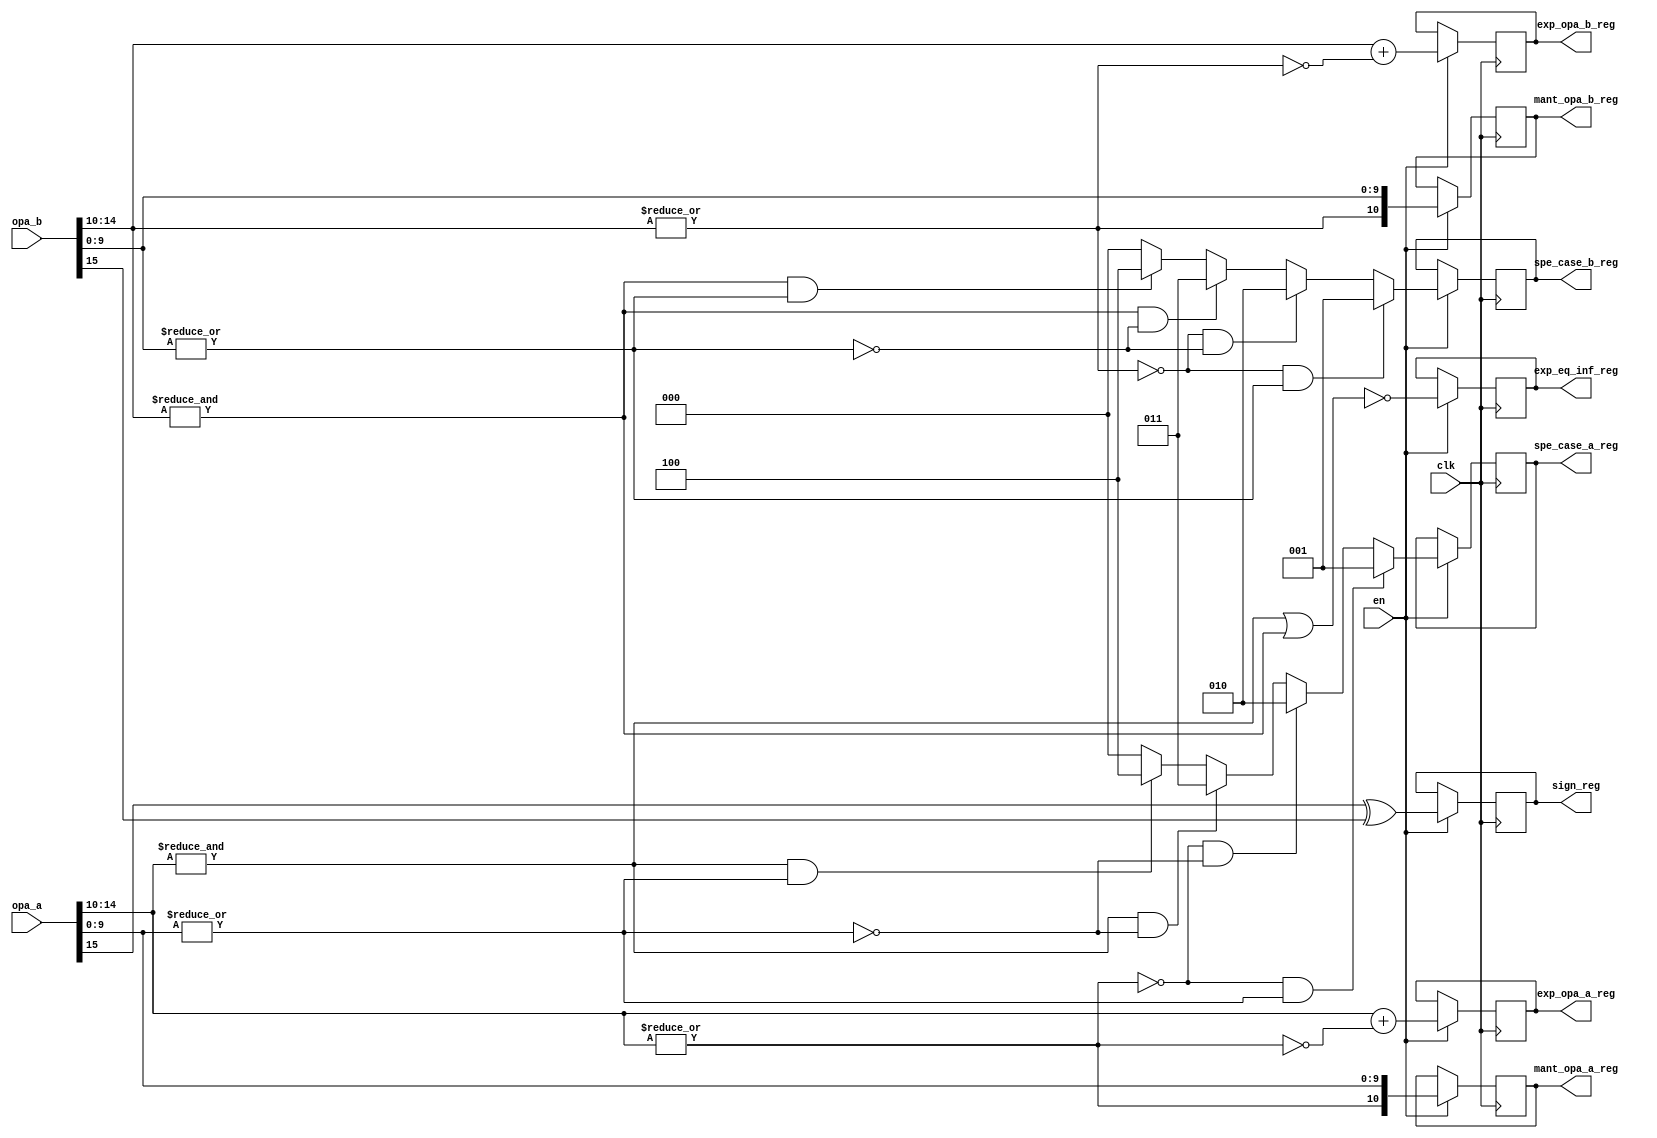
///////////////////////////////////////////////////////////////////////////////////////////////
// Project Code      : S_1006
// Project Name      : Floating Point IP Core
// Module Name       : Stage-I Pipeline Floating point Multiplication
// Function          : Divide the Mantissa,Exponent and Sign bit from 16-bit half precision 
//                     floating point input
//////////////////////////////////////////////////////////////////////////////////////////////

module stage_1

#(
   parameter    DW       = 16 ,
   parameter    EXP      = 5  ,
   parameter    MANT     = 10 ,
   parameter    CG_EN    = 0    
 )
(
  //////////////////////////////////////////////////
  //              Input Ports                     //       
  //////////////////////////////////////////////////
  
  input wire                        clk              , //System input clock
  input wire  [DW-1       :0]       opa_a            , //16-bit half precision floating point input-A
  input wire  [DW-1       :0]       opa_b            , //16-bit half precision floating point input-B
  input wire                        en               , //Enable signal 
  //////////////////////////////////////////////////
  //             Output Ports                     //       
  //////////////////////////////////////////////////
  output reg                         sign_reg         , //Sign output
  output reg   [MANT      :0]        mant_opa_a_reg   , //Mantissa bit of input-A
  output reg   [MANT      :0]        mant_opa_b_reg   , //Mantissa bit of input-B
  output reg   [EXP-1     :0]        exp_opa_a_reg    , //Exponent bit of input-A
  output reg   [EXP-1     :0]        exp_opa_b_reg    , //Exponent bit of input-B
  output reg   [2         :0]        spe_case_a_reg   , //Special case identification for Nromalized,De-Normalized,Infinity,Zero or NAN
  output reg   [2         :0]        spe_case_b_reg   , //Special case identification for Nromalized,De-Normalized,Infinity,Zero or NAN
  output reg                         exp_eq_inf_reg     //To identify exponent value equal to 255 or not 
);                            

//-------------------------------------------------------------------------------
//----------STAGE-I(Sign,Exponent and Mantissa bit segmentation)-----------------
//-------------------------------------------------------------------------------

  ///////////////////////////////////////////////////
  //       Stage-1 Internal Wires                  //
  ///////////////////////////////////////////////////  
  wire                    sign_opa_a            ;
  wire  [MANT     :0]     mant_opa_a            ;
  wire  [EXP-1    :0]     exp_opa_a             ;
  wire                    opa_a_not_eq_0        ;  
  wire                    sign_opa_b            ;
  wire  [MANT     :0]     mant_opa_b            ;
  wire  [EXP-1    :0]     exp_opa_b             ;
  wire                    opa_b_not_eq_0        ;    
  wire                    opa_a_exp_eq_inf      ;
  wire                    opa_a_mant_not_eq_0   ;  
  wire                    opa_b_exp_eq_inf      ;
  wire                    opa_b_mant_not_eq_0   ;     
  wire  [2        :0]     spe_case_a            ;
  wire  [2        :0]     spe_case_b            ;
  wire                    sign_out              ;
  wire                    exp_eq_inf            ;
                         
  //-----------------------------------------------------------------------------------
  //---------------Pipeline Stage-1 function ------------------------------------------
  //-----------------------------------------------------------------------------------
  
  //input oprand 'A' in floating point representation  
  assign sign_opa_a             =  opa_a[DW-1]                                                ;
  assign opa_a_not_eq_0         =  |(opa_a[(MANT+EXP)-1:MANT])                                ;
  assign mant_opa_a             =  {opa_a_not_eq_0,opa_a[MANT-1:0]}                           ;
  assign exp_opa_a              =  opa_a[(MANT+EXP)-1:MANT]+{{EXP-1{1'd0}},(~opa_a_not_eq_0)} ;
                               
  //input oprand 'B' in floating point representation  
  assign sign_opa_b             =  opa_b[DW-1]                                                ;
  assign opa_b_not_eq_0         =  |(opa_b[(MANT+EXP)-1:MANT])                                ;  
  assign mant_opa_b             =  {opa_b_not_eq_0,opa_b[MANT-1:0]}                           ;
  assign exp_opa_b              =  opa_b[(MANT+EXP)-1:MANT]+{{EXP-1{1'd0}},(~opa_b_not_eq_0)} ;
  
  //Special case in operand "A"
  assign opa_a_exp_eq_inf       =  &(opa_a[(MANT+EXP)-1:MANT])   ;    
  assign opa_a_mant_not_eq_0    =  |(opa_a[MANT-1:0])            ;  
  assign spe_case_a             =  ((!opa_a_not_eq_0) && opa_a_mant_not_eq_0     ) ?3'd1:   //special case De-Normalized form for operand 'A'
                                   ((!opa_a_not_eq_0) && (!opa_a_mant_not_eq_0)  ) ?3'd2:   //special case Zero for operand 'A'
                                   (opa_a_exp_eq_inf  && (!opa_a_mant_not_eq_0)  ) ?3'd3:   //special case Infinity for operand 'A'
                                   (opa_a_exp_eq_inf  &&  opa_a_mant_not_eq_0    ) ?3'd4:  //special case NAN for operand 'A'
                                                                                    3'd0;   //special case Normalized form for operand 'A'                                                                     
  //Special case in operand "B"
  assign opa_b_exp_eq_inf      =   &(opa_b[(MANT+EXP)-1:MANT]) ;    
  assign opa_b_mant_not_eq_0   =   |(opa_b[MANT-1:0]);    
  assign spe_case_b            =   ((!opa_b_not_eq_0) &&  opa_b_mant_not_eq_0    ) ?3'd1:   //special case De-Normalized form for operand 'B'
                                   ((!opa_b_not_eq_0) && (!opa_b_mant_not_eq_0)  ) ?3'd2:   //special case Zero for operand 'B'
                                   (opa_b_exp_eq_inf  && (!opa_b_mant_not_eq_0)  ) ?3'd3:   //special case Infinity for operand 'B'
                                   (opa_b_exp_eq_inf  &&  opa_b_mant_not_eq_0    ) ?3'd4:   //special case NAN for operand 'B'
                                                                                    3'd0;   //special case Normalized form for operand 'A'                                                                        
  //Sign bit calculation
  assign sign_out              =   sign_opa_a ^ sign_opa_b ;
  
  //exp_eq_inf     
  assign exp_eq_inf            =   ~(opa_a_exp_eq_inf | opa_b_exp_eq_inf);           //if both exponents are not equal to infinity exp_eq_inf is set
   
generate
  if(CG_EN)
    begin  
      always @(posedge clk)                   
          begin             
            sign_reg         <= sign_out         ;
            exp_opa_a_reg    <= exp_opa_a        ;
            exp_opa_b_reg    <= exp_opa_b        ; 
            spe_case_a_reg   <= spe_case_a       ;   
            spe_case_b_reg   <= spe_case_b       ;
            exp_eq_inf_reg   <= exp_eq_inf       ;
            mant_opa_a_reg   <= mant_opa_a       ;
            mant_opa_b_reg   <= mant_opa_b       ;
          end 
    end
  else
    begin
      always @(posedge clk) 
        if(en)
          begin             
            sign_reg         <= sign_out         ;
            exp_opa_a_reg    <= exp_opa_a        ;
            exp_opa_b_reg    <= exp_opa_b        ; 
            spe_case_a_reg   <= spe_case_a       ;   
            spe_case_b_reg   <= spe_case_b       ;
            exp_eq_inf_reg   <= exp_eq_inf       ;
            mant_opa_a_reg   <= mant_opa_a       ;
            mant_opa_b_reg   <= mant_opa_b       ;
          end     
    end
endgenerate      

endmodule